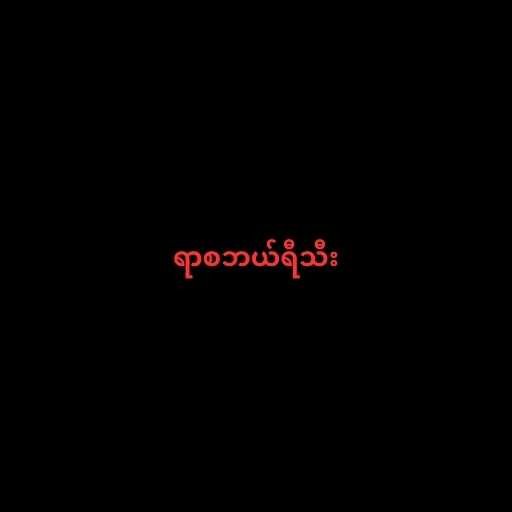
ရာစဘယ်ရီသီး